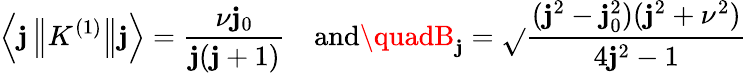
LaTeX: \left\langle\mathbf{j}\left\| K^{(1)}\right\| \mathbf{j}\right\rangle={\frac{{\nu\mathbf{j}_{0}}}{{\mathbf{j}(\mathbf{j}+1)}}}\quad{\mathrm{{and}}}\quadB_{\mathbf{j}}={\sqrt{}{{\frac{{(\mathbf{j}^{2}-\mathbf{j}_{0}^{2})(\mathbf{j}^{2}+\nu^{2})}}{{4\mathbf{j}^{2}-1}}}}}